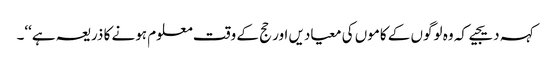
کہہ دیجیے کہ وہ لوگوں کے کاموں کی معیادیں اور حج کے وقت معلوم ہونے کا ذریعہ ہے‘‘۔